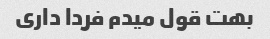
بهت قول میدم فردا داری